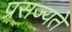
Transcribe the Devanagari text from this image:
प्रसज्यते